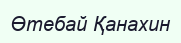
Өтебай Қанахин